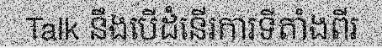
Talk នឹងបើដំនើរការទីតាំងពីរ